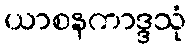
ယာစနကာဒ္ဒသုံ